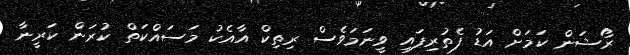
ރޯޝަން ކަމަށް އަޑު ފެތުރިފައި ވީނަމަވެސް ރިތިކް އާއެކު މަސައްކަތް ކުރަން ކަރީނާ